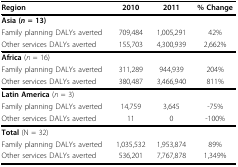
<table><thead><tr><td><b>Region</b></td><td><b>2010</b></td><td><b>2011</b></td><td><b>% Change</b></td></tr></thead><tbody><tr><td><b>Asia </b>(<i>n </i>= 13)</td><td></td><td></td><td></td></tr><tr><td>Family planning DALYs averted</td><td>709,484</td><td>1,005,291</td><td>42%</td></tr><tr><td>Other services DALYs averted</td><td>155,703</td><td>4,300,939</td><td>2,662%</td></tr><tr><td><b>Africa </b>(<i>n </i>= 16)</td><td></td><td></td><td></td></tr><tr><td>Family planning DALYs averted</td><td>311,289</td><td>944,939</td><td>204%</td></tr><tr><td>Other services DALYs averted</td><td>380,487</td><td>3,466,940</td><td>811%</td></tr><tr><td><b>Latin America </b>(<i>n </i>= 3)</td><td></td><td></td><td></td></tr><tr><td>Family planning DALYs averted</td><td>14,759</td><td>3,645</td><td>-75%</td></tr><tr><td>Other services DALYs averted</td><td>11</td><td>0</td><td>-100%</td></tr><tr><td><b>Total </b>(N = 32)</td><td></td><td></td><td></td></tr><tr><td>Family planning DALYs averted</td><td>1,035,532</td><td>1,953,874</td><td>89%</td></tr><tr><td>Other services DALYs averted</td><td>536,201</td><td>7,767,878</td><td>1,349%</td></tr></tbody></table>